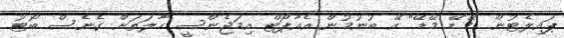
ޕައިލެޓުން "މޭޑޭ މޭޑޭ" އޭ ބުނުމުން އެއާޕޯޓް އިމަޖެންސީ ހާލަތަށް ގެނެސް ބޯޓު